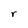
Character: r